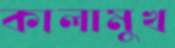
কালামুখ